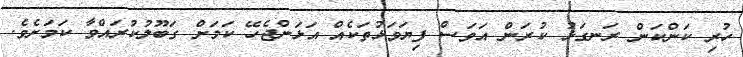
ހުރި ކަންކަން ރަނގަޅު ކުރަން އަވަސް ފިޔަވަޅުތަކެއް އަޅަންޖެހޭ ކަމަށް ގަބޫލުކުރައްވާ ކަމަށެވެ.